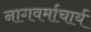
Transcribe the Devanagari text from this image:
नागवर्माचार्य